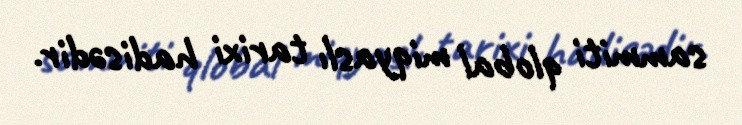
sammiti qlobal miqyaslı tarixi hadisədir.